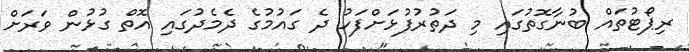
ރިޕޯޓުތައް ބުނާގޮތުގައި މި ދަތުރުފުޅަށްފަހު ދެ ގައުމުގެ ދެމެދުގައި އޮތް ގުޅުން ވަރަށް